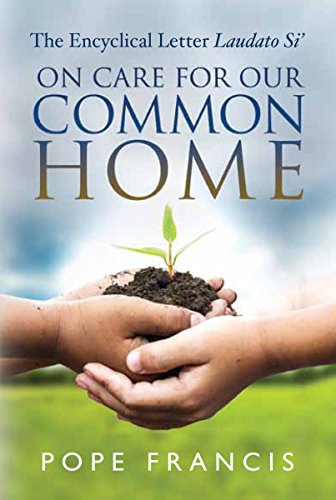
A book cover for On Care for Our Common Home: The Encyclical Letter Laudato Si'; Pope Francis; Religion & Spirituality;